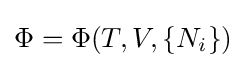
\Phi =\Phi (T,V,\{N_{i}\})